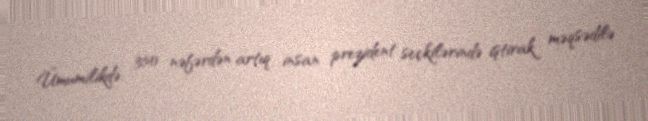
Ümumilikdə, 350 nəfərdən artıq insan prezident seçkilərində iştirak məqsədilə